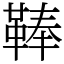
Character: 䩬